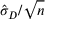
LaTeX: { \hat { \sigma } } _ { D } / { \sqrt { n } }